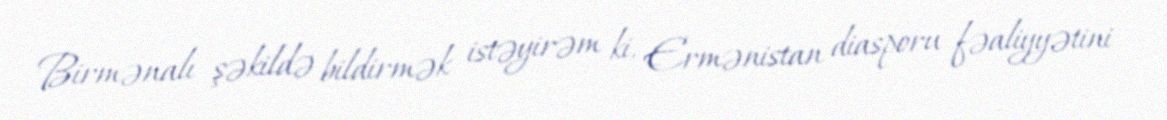
Birmənalı şəkildə bildirmək istəyirəm ki, Ermənistan diasporu fəaliyyətini